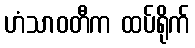
ဟံသာဝတီက ထပ်ရိုက်